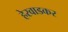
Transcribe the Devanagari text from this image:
हेरवाडकर